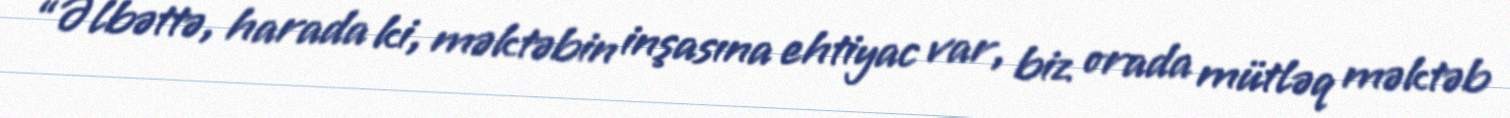
“Əlbəttə, harada ki, məktəbin inşasına ehtiyac var, biz orada mütləq məktəb